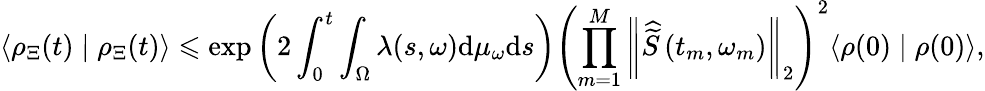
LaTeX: \left\langle\rho_{\Xi}(t)\mid\rho_{\Xi}(t)\right\rangle\leqslant\exp\left(2\int_{0}^{t}\int_{\Omega}\lambda(s,\omega)\mathrm{d}\mu_{\omega}\mathrm{d}s\right)\left(\prod_{m=1}^{M}\left\| \widehat{\widetilde{S}}\left(t_{m},\omega_{m}\right)\right\| _{2}\right)^{2}\langle\rho(0)\mid\rho(0)\rangle,